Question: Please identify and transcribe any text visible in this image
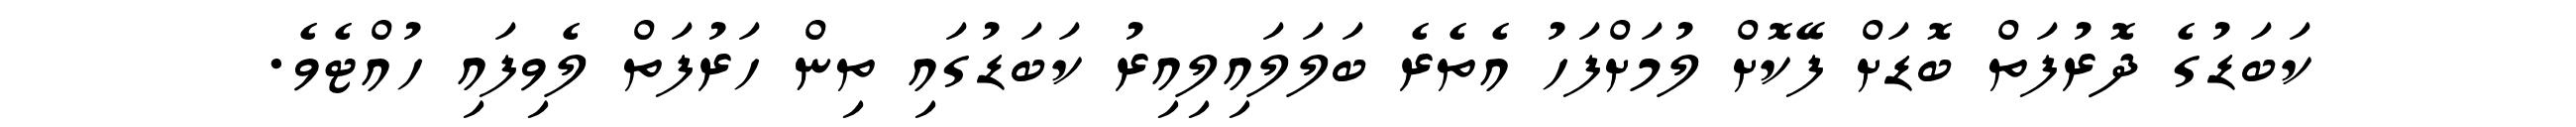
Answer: ކަބަޑުގެ ދޮރުފަތް ބޮޑަށް ފޭކޮށް ލުމަށްފަހު އެތެރެ ބަލަލައިލިއިރު ކަބަޑުގައި ތިން ހަރުފަތް ލެވިފައި ހުއްޓެވެ.